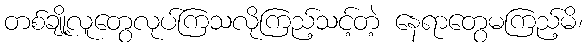
တစ်ချို့လူတွေလုပ်ကြသလိုကြည့်သင့်တဲ့ နေရာတွေမကြည့်မိ၊